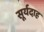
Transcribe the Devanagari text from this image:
सूर्यदाह